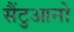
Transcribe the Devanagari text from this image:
सैंटुआनो